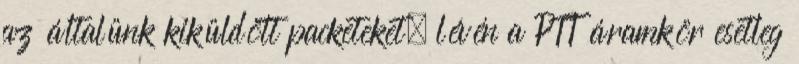
az általünk kiküldött packeteket, lévén a PTT áramkör esetleg